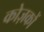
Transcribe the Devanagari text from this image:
कोज़कों